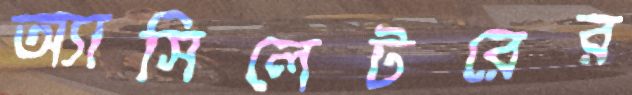
অ্যাসিলেটরের